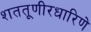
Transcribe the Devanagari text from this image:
शततूणीरधारिणे